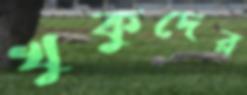
খুকুদের